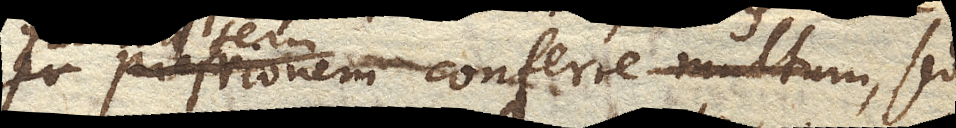
pressionem conferremultum, sed